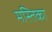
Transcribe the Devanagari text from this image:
मस्तिका